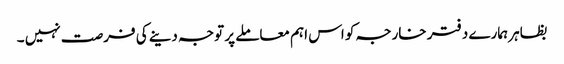
بظاہر ہمارے دفتر خارجہ کو اس اہم معاملے پر توجہ دینے کی فرصت نہیں ۔